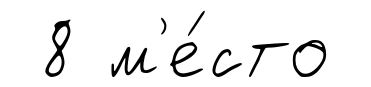
8 м'е́сто